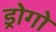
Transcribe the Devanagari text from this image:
ड्रोगो